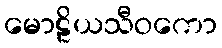
မောဠိယသီဝကော